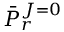
{ \bar { P } } _ { r } ^ { J = 0 }